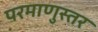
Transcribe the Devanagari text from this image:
परमाणुस्तर